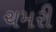
ચમરી